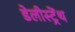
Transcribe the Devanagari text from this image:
डेलीस्ट्रेंथ